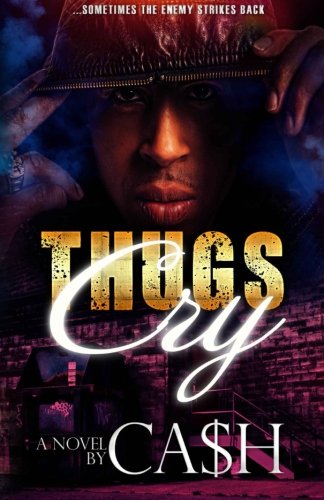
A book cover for Thugs Cry; Ca$h; Literature & Fiction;